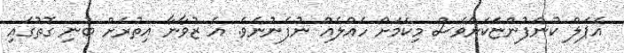
އެޕަލް ކުންފުންޏަކަށްވެސް މިކަމަށް ހައްލެއް ނުފެނުނެވެ. އެ ޒުވާނާ އިތުރަށް ބުނި ގޮތުގައި